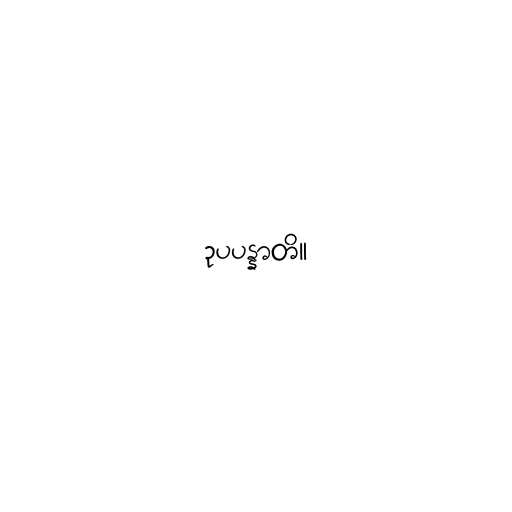
ဥပပန္နာတိ။